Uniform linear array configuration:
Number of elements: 8
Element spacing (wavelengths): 1
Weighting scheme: blackman
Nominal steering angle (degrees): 60
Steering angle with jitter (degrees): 61.459
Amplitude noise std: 0.05
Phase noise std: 0.05

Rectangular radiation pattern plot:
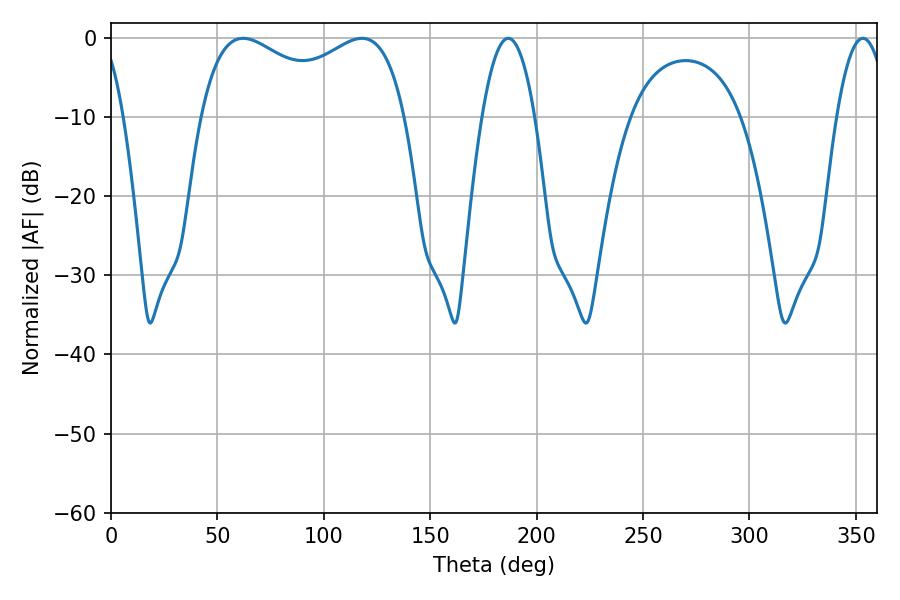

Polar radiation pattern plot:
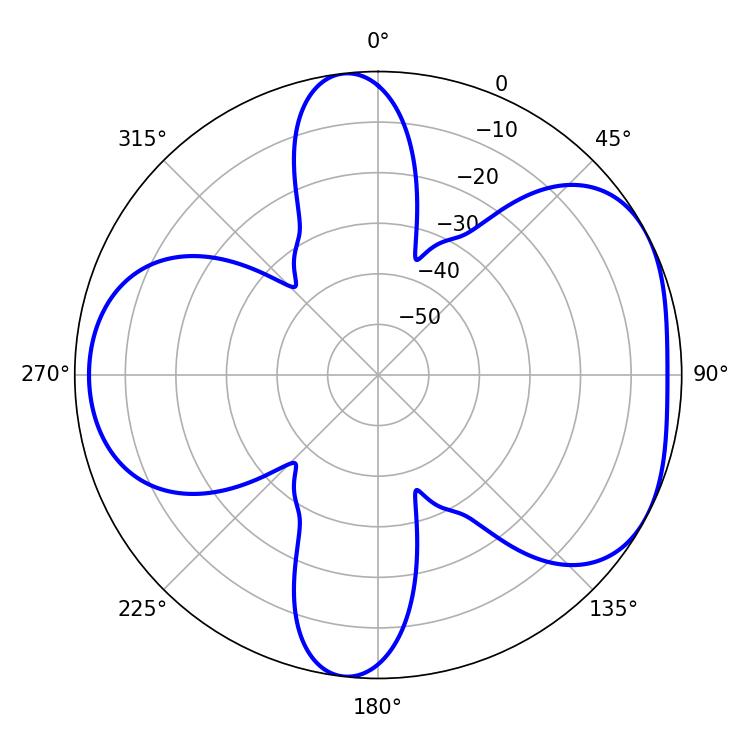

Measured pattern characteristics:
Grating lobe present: TRUE
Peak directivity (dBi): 4.932
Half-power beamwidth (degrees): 79.92
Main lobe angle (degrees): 62.1